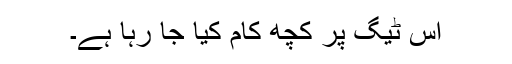
اس ٹیگ پر کچھ کام کیا جا رہا ہے۔